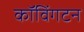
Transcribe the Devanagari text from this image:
कॉविंगटन